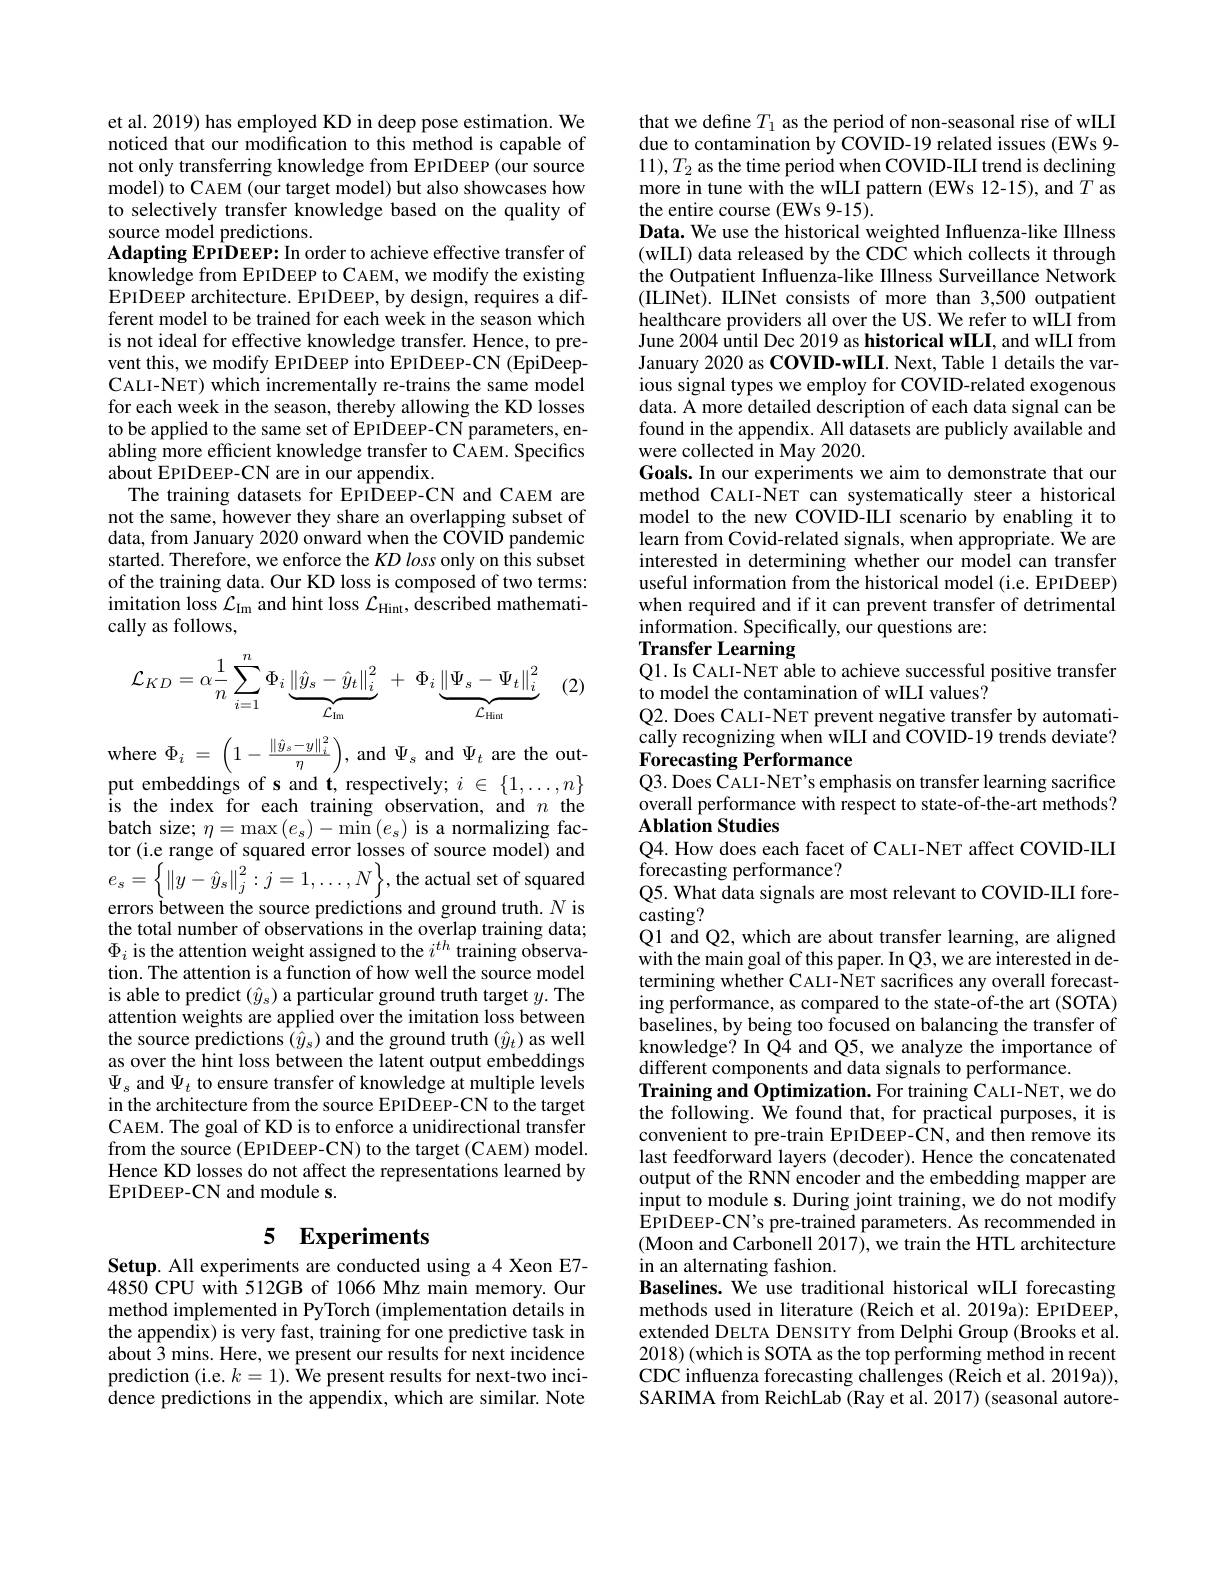
et al. 2019) has employed KD in deep pose estimation. We noticed that our modification to this method is capable of not only transferring knowledge from EPIDEEP (our source model) to CAEM (our target model) but also showcases how to selectively transfer knowledge based on the quality of source model predictions.
Adapting EPIDEEP: In order to achieve effective transfer of knowledge from EPIDEEP to CAEM, we modify the existing EPIDEEP architecture. EPIDEEP, by design, requires a different model to be trained for each week in the season which is not ideal for effective knowledge transfer. Hence, to prevent this, we modify EPIDEEP into EPIDEEP-CN (EpiDeepCALI-NET) which incrementally re-trains the same model for each week in the season, thereby allowing the KD losses to be applied to the same set of EPIDEEP-CN parameters, enabling more efficient knowledge transfer to CAEM. Specifics about EPIDEEP-CN are in our appendix.
The training datasets for EPIDEEP-CN and CAEM are not the same, however they share an overlapping subset of data, from January 2020 onward when the COVID pandemic started. Therefore, we enforce the $KD\textit{loss only on this subset}$ of the training data. Our KD loss is composed of two terms: imitation loss $\mathcal{L}_\mathrm{Im}$ and hint loss $\mathcal{L}_\mathrm{Hint}$, described mathematically as follows,
$$\mathcal{L}_{KD}=\alpha\frac{1}{n}\sum_{i=1}^{n}\Phi_{i}\underbrace{\left\|\hat{y}_{s}-\hat{y}_{t}\right\|_{i}^{2}}_{\mathcal{L}_{\mathrm{lm}}}\:+\:\Phi_{i}\underbrace{\left\|\Psi_{s}-\Psi_{t}\right\|_{i}^{2}}_{\mathcal{L}_{\mathrm{Hint}}}$$
(2)

where $\Phi_i=\left(1-\frac{\|\hat{y}_{s}-y\|_{i}^{2}}{\eta}\right)$, and $\Psi_s$ and $\Psi_t$ are the output embeddings of s and t, respectively; $i\in\{1,\ldots,n\}$ is the index for each training observation, and $n$ the batch size; $\eta=\operatorname*{max}\left(e_{s}\right)-\operatorname*{min}\left(e_{s}\right)$ is a normalizing factor (i.e range of squared error losses of source model) and $e_{s}=\left\{\|y-\hat{y}_{s}\|_{j}^{2}:j=1,\ldots,N\right\}$,the actual set of squared errors between the source predictions and ground truth. $N$ is the total number of observations in the overlap training data; $\Phi_{i}$ is the attention weight assigned to the $i^th$ training observation. The attention is a function of how well the source model is able to predict $(\hat{y}_s)$ a particular ground truth target $y.$ The attention weights are applied over the imitation loss between the source predictions $(\hat{y}_s)$ and the ground truth $(\hat{y}_t)$ as well as over the hint loss between the latent output embeddings $\Psi_{s}$ and $\Psi_t$ to ensure transfer of knowledge at multiple levels in the architecture from the source EPIDEEP-CN to the target CAEM. The goal of KD is to enforce a unidirectional transfer from the source (EPIDEEP-CN) to the target (CAEM) model. Hence KD losses do not affect the representations learned by EPIDEEP-CN and module s.

# 5 Experiments

Setup. All experiments are conducted using a4 Xeon E7- 4850 CPU with 512GB of 1066 Mhz main memory. Our method implemented in PyTorch (implementation details in the appendix) is very fast, training for one predictive task in about 3 mins. Here, we present our results for next incidence prediction (i.e. $k=1).$ We present results for next-two inci- $\hat{\text{dence predictions in the appendix, which are similar. Note}}$

that we define $T_1$ as the period of non-seasonal rise of wILI due to contamination by COVID-19 related issues (EWs 9- $11),T_{2}$ as the time period when COVID-ILI trend is declining more in tune with the wILI pattern (EWs 12-15), and $T$ as the entire course (EWs 9-15).
Data. We use the historical weighted Influenza-like Illness (wILI) data released by the CDC which collects it through the Outpatient Influenza-like Illness Surveillance Network (ILINet). ILINet consists of more than 3,500 outpatient healthcare providers all over the US. We refer to wILI from June 2004 úntil Dec 2019 as historical wILI, and wILI from January 2020 as COVID-wILI. Next, Table 1 details the various signal types we employ for COVID-related exogenous data. A more detailed description of each data signal can be found in the appendix. All datasets are publicly available and were collected in May 2020.
Goals. In our experiments we aim to demonstrate that our method CALI-NET can systematically steer a historical model to the new COVID-ILI scenario by enabling it to learn from Covid-related signals, when appropriate. We are interested in determining whether our model can transfer useful information from the historical model (i.e. EPIDEEP) when required and if it can prevent transfer of detrimental information. Specifically, our questions are:
Transfer Learning

Q1. Is CALI-NET able to achieve successful positive transfer
to model the contamination of wILI values?
Q2. Does CALI- NET prevent negative transfer by automatically recognizing when wILI and COVID-19 trends deviate? Forecasting Performance
Q3. Does CALI-NET's emphasis on transfer learning sacrifice overall performance with respect to state-of-the-art methods? Ablation Studies
Q4. How does each facet of CALI-NET affect COVID-ILI
forecasting performance?
Q5. What data signals are most relevant to COVID-ILI fore-
casting?
Q1 and Q2, which are about transfer learning, are aligned with the main goal of this paper. In Q3, we are interested in determining whether CALI-NET sacrifices any overall forecasting performance, as compared to the state-of-the art (SOTA) baselines, by being too focused on balancing the transfer of knowledge? In Q4 and Q5, we analyze the importance of different components and data signals to performance.
Training and Optimization. For training CALI-NET, we do the following. We found that, for practical purposes, it is convenient to pre-train EPIDEEP-CN, and then remove its last feedforward layers (decoder). Hence the concatenated output of the RNN encoder and the embedding mapper are input to module s. During joint training, we do not modify EPIDEEP- C$N^{\prime }$s pre- trained parameters. As recommended in (Moon and Carbonell 2017), we train the HTL architecture in an alternating fashion.
Baselines. We use traditional historical wILI forecasting methods used in literature (Reich et al. 2019a): EPIDEEP, extended DELTA DENSITY from Delphi Group (Brooks et al. 2018)(which is SOTA as the top performing method in recent CDC influenza forecasting challenges (Reich et al. 2019a)), SARIMA from ReichLab (Ray et al. 2017) (seasonal autore-